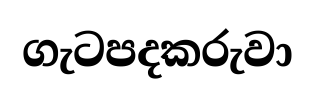
ගැටපදකරුවා